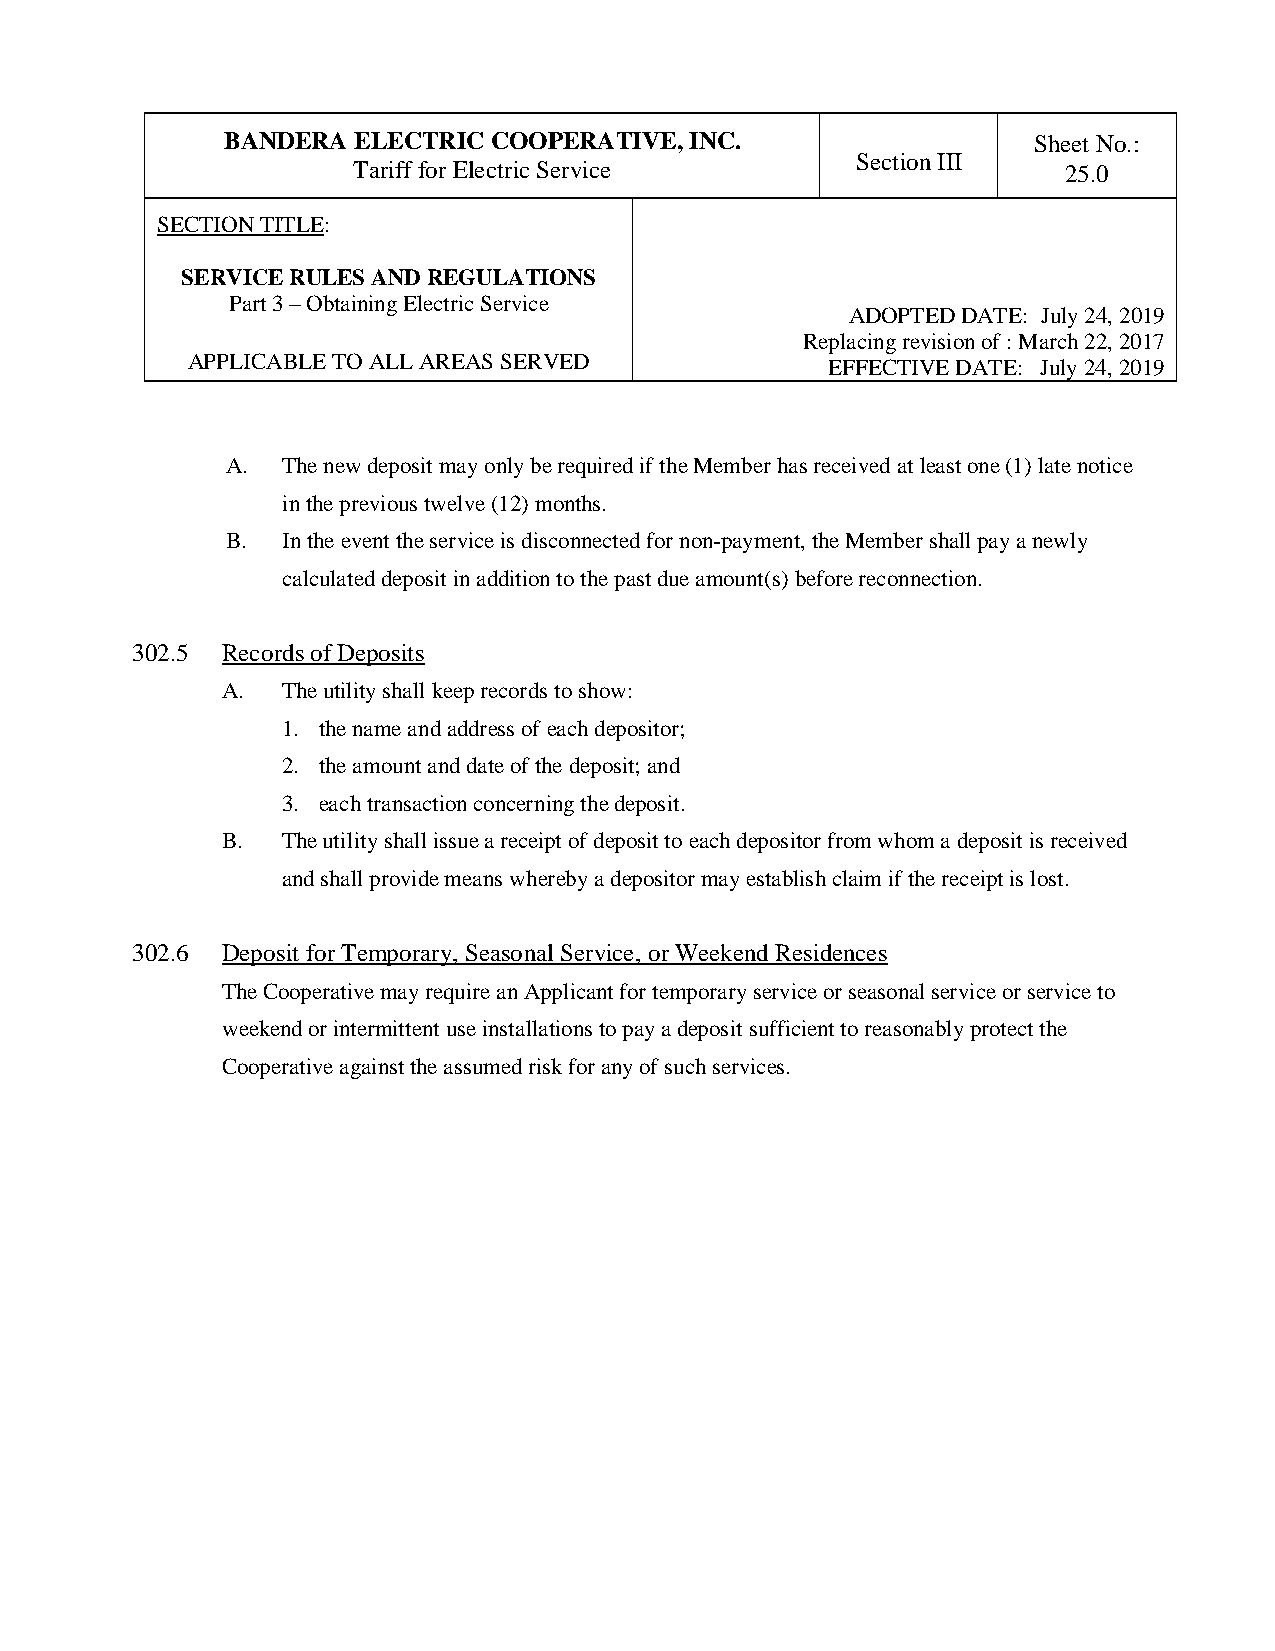
BANDERA ELECTRIC COOPERATIVE,  INC.                  Sheet No.:
 Section III
 Tariff for Electric Service                     25.0
 SECTION TITLE:
 SERVICE RULES AND REGULATIONS
 Part 3 – Obtaining Electric Service
 ADOPTED DATE: July 24, 2019
 Replacing revision of : March 22, 2017
 APPLICABLE TO ALL AREAS SERVED             EFFECTIVE DATE: July 24, 2019
 A.  The new deposit may only be required if the Member has received at least one (1) late notice
 in the previous twelve (12) months.
 B.  In the event the service is disconnected for non-payment, the Member shall pay a newly
 calculated deposit in addition to the past due amount(s) before reconnection.
 302.5 Records of Deposits
 A.  The utility shall keep records to show:
 1. the name and address of each depositor;
 2. the amount and date of the deposit; and
 3. each transaction concerning the deposit.
 B.  The utility shall issue a receipt of deposit to each depositor from whom a deposit is received
 and shall provide means whereby a depositor may establish claim if the receipt is lost.
 302.6 Deposit for Temporary, Seasonal Service, or Weekend Residences
 The Cooperative may require an Applicant for temporary service or seasonal service or service to
 weekend or intermittent use installations to pay a deposit sufficient to reasonably protect the
 Cooperative against the assumed risk for any of such services.